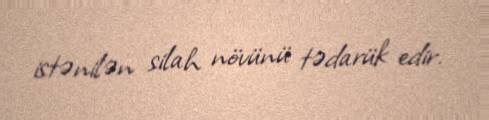
istənilən silah növünü tədarük edir.